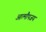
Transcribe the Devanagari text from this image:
आत्मौपजय